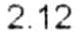
2.12